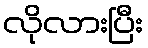
လိုလားပြီး